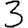
Digit: 3